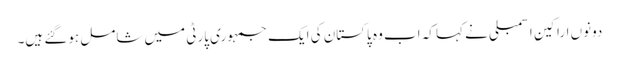
دونوں اراکینِ اسمبلی نے کہا کہ اب وہ پاکستان کی ایک جمہوری پارٹی میں شامل ہوگئے ہیں۔